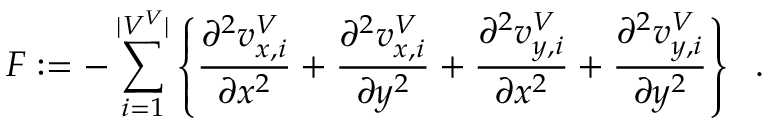
F : = - \sum _ { i = 1 } ^ { | V ^ { V } | } \left\{ \frac { \partial ^ { 2 } v _ { x , i } ^ { V } } { \partial x ^ { 2 } } + \frac { \partial ^ { 2 } v _ { x , i } ^ { V } } { \partial y ^ { 2 } } + \frac { \partial ^ { 2 } v _ { y , i } ^ { V } } { \partial x ^ { 2 } } + \frac { \partial ^ { 2 } v _ { y , i } ^ { V } } { \partial y ^ { 2 } } \right\} \; \; .